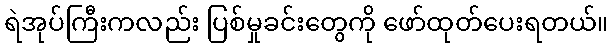
ရဲအုပ်ကြီးကလည်း ပြစ်မှုခင်းတွေကို ဖော်ထုတ်ပေးရတယ်။